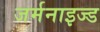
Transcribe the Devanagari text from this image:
जर्मनाइज्ड